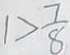
1 > \frac { 7 } { 8 }